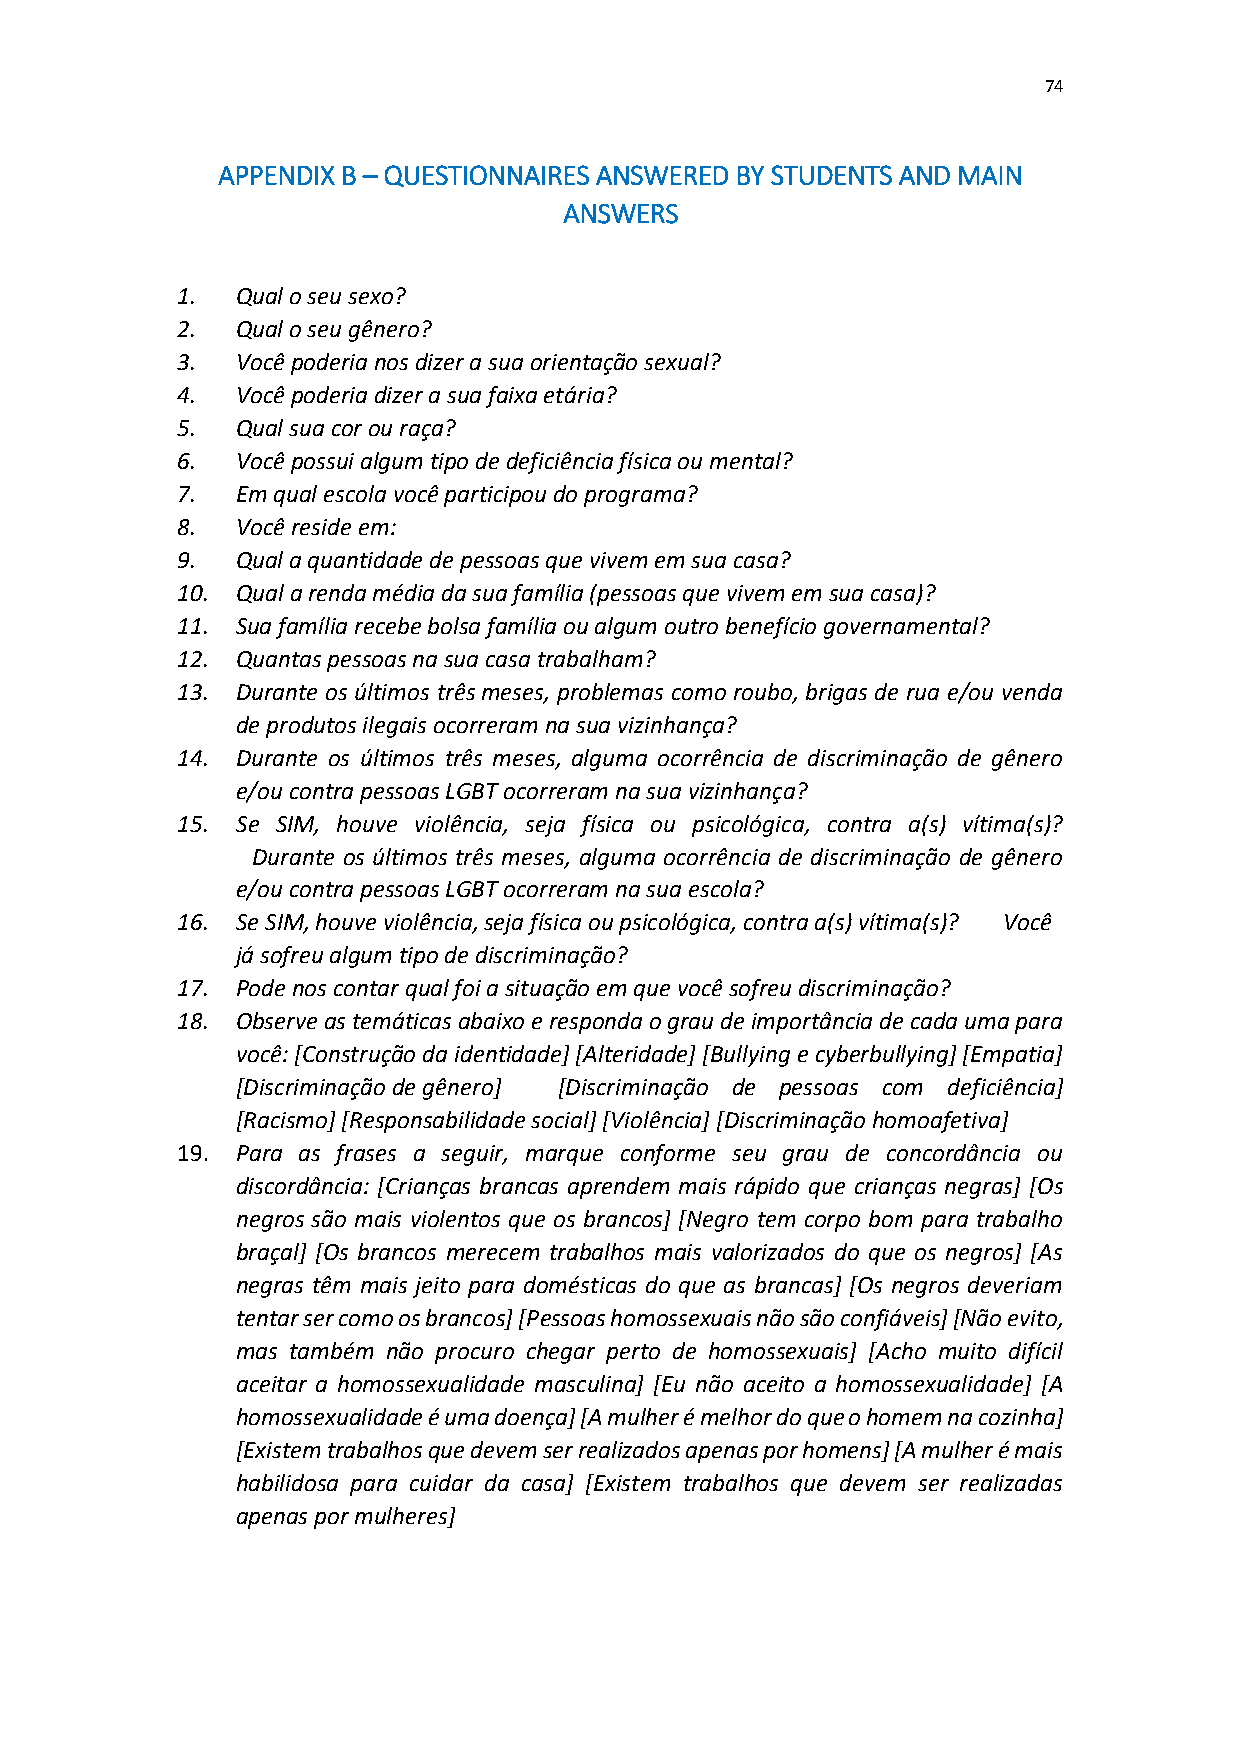
74
 APPENDIX B – QUESTIONNAIRES ANSWERED BY STUDENTS AND MAIN
 ANSWERS
 1.  Qual o seu sexo?
 2.  Qual o seu gênero?
 3.  Você poderia nos dizer a sua orientação sexual?
 4.  Você poderia dizer a sua faixa etária?
 5.  Qual sua cor ou raça?
 6.  Você possui algum tipo de deficiência física ou mental?
 7.  Em qual escola você participou do programa?
 8.  Você reside em:
 9.  Qual a quantidade de pessoas que vivem em sua casa?
 10. Qual a renda média da sua família (pessoas que vivem em sua casa)?
 11. Sua família recebe bolsa família ou algum outro benefício governamental?
 12. Quantas pessoas na sua casa trabalham?
 13. Durante os últimos três meses, problemas como roubo, brigas de rua e/ou venda
 de produtos ilegais ocorreram na sua vizinhança?
 14. Durante os últimos três meses, alguma ocorrência de discriminação de gênero
 e/ou contra pessoas LGBT ocorreram na sua vizinhança?
 15. Se SIM, houve violência, seja física ou psicológica, contra a(s) vítima(s)?
 Durante os últimos três meses, alguma ocorrência de discriminação de gênero
 e/ou contra pessoas LGBT ocorreram na sua escola?
 16. Se SIM, houve violência, seja física ou psicológica, contra a(s) vítima(s)? Você
 já sofreu algum tipo de discriminação?
 17. Pode nos contar qual foi a situação em que você sofreu discriminação?
 18. Observe as temáticas abaixo e responda o grau de importância de cada uma para
 você: [Construção da identidade] [Alteridade] [Bullying e cyberbullying] [Empatia]
 [Discriminação de gênero] [Discriminação de pessoas com deficiência]
 [Racismo] [Responsabilidade social] [Violência] [Discriminação homoafetiva]
 19. Para as frases a seguir, marque conforme seu grau de concordância ou
 discordância: [Crianças brancas aprendem mais rápido que crianças negras] [Os
 negros são mais violentos que os brancos] [Negro tem corpo bom para trabalho
 braçal] [Os brancos merecem trabalhos mais valorizados do que os negros] [As
 negras têm mais jeito para domésticas do que as brancas] [Os negros deveriam
 tentar ser como os brancos] [Pessoas homossexuais não são confiáveis] [Não evito,
 mas também não procuro chegar perto de homossexuais] [Acho muito difícil
 aceitar a homossexualidade masculina] [Eu não aceito a homossexualidade] [A
 homossexualidade é uma doença] [A mulher é melhor do que o homem na cozinha]
 [Existem trabalhos que devem ser realizados apenas por homens] [A mulher é mais
 habilidosa para cuidar da casa] [Existem trabalhos que devem ser realizadas
 apenas por mulheres]